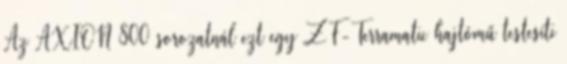
Az AXION 800 sorozatnál ezt egy ZF-Terramatic hajtómű testesíti